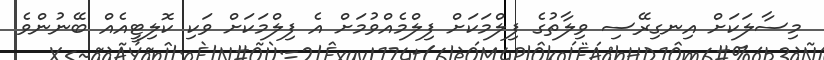
މިސާލަކަށް އިނގިރޭސި ވިލާތުގެ ފިލްމަކަށް ފިލްމެއްވުމަށް އެ ފިލްމަކަށް ވަކި ކޮލިޓީއެއް ބޭނުންވެ